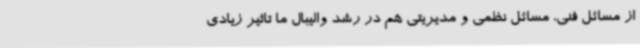
از مسائل فنی، مسائل نظمی و مدیریتی هم در رشد والیبال ما تاثیر زیادی